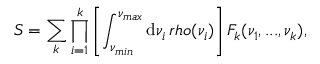
S = \sum _ { k } \prod _ { i = 1 } ^ { k } \left[ \int _ { \nu _ { m i n } } ^ { \nu _ { m a x } } \mathrm { d } \nu _ { i } \, r h o ( \nu _ { i } ) \right] F _ { k } ( \nu _ { 1 } , . . . , \nu _ { k } ) ,